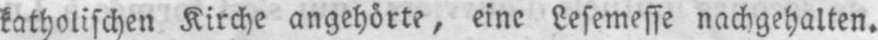
katholischen Kirche angehörte, eine Lesemesse nachgehalten.